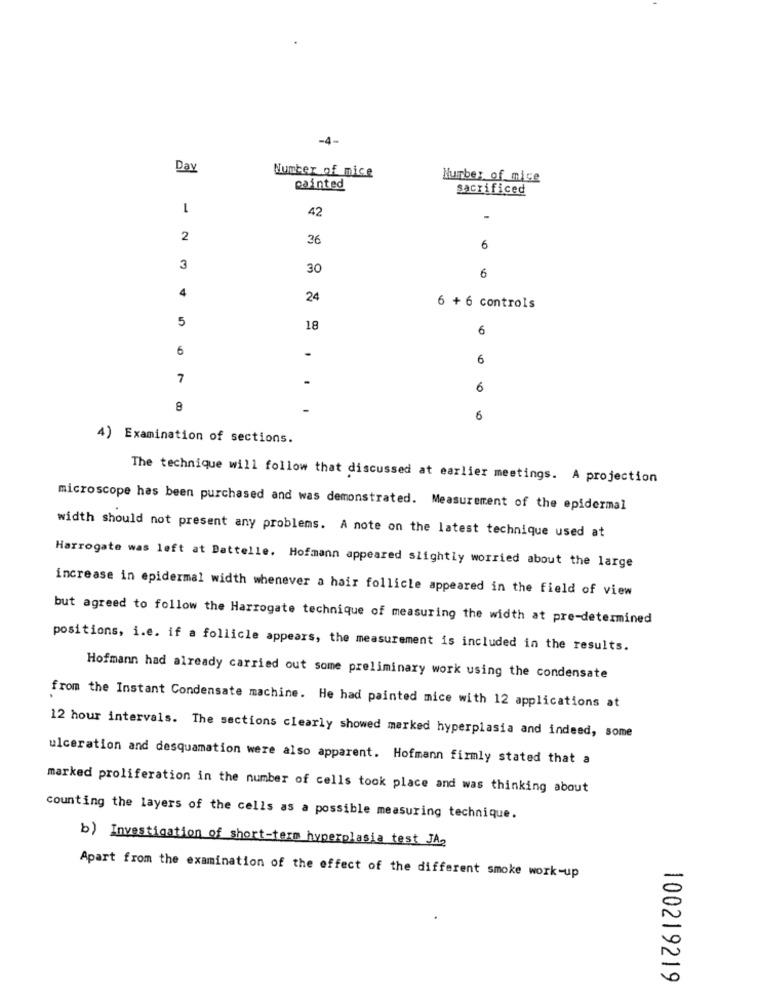
Day
Number of nice
Number of mice
painted
sacrificed
1
42
-
2
36
6
3
30
6
4
24
6 + 6 controls
5
18
6
6
6
7
6
8
6
4) Examination of sections.
The technique will follow that discussed at earlier meetings. A projection
microscope has been purchased and was demonstrated. Measurement of the epidermal
width should not present any problems. A note on the latest technique used at
Harrogate was left at Battelle. Hofmann appeared slightly worried about the large
increase in epidermal width whenever a hair follicle appeared in the field of view
but agreed to follow the Harrogate technique of measuring the width at pre-determined
positions, i.e. if a follicle appears, the measurement is included in the results.
Hofmann had already carried out some preliminary work using the condensate
from the Instant Condensate machine. He had painted mice with 12 applications at
12 hour intervals. The sections clearly showed marked hyperplasia and indeed, some
ulceration and desquamation were also apparent. Hofmann firmly stated that a
marked proliferation in the number of cells took place and was thinking about
counting the layers of the cells as a possible measuring technique.
b) Investigation of short-term hyperplasia test JA2
Apart from the examination of the effect of the different smoke work-up
100219219